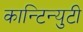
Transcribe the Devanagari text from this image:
कान्टिन्युटी